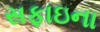
સફાઇના